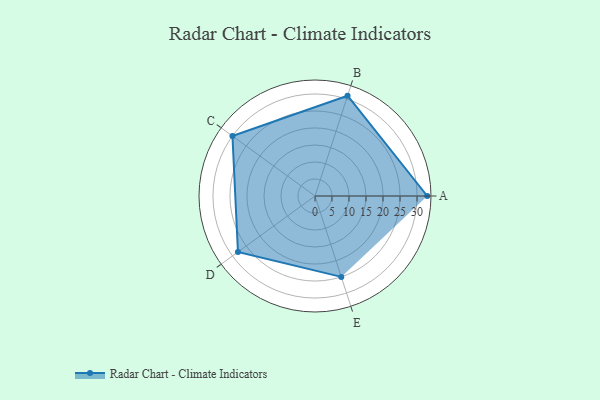
{"axis": {"x": "Skill", "y": "Score"}, "legend": ["Profile"], "data": [{"x": "A", "y": 33.0, "type": "Profile"}, {"x": "B", "y": 31.0, "type": "Profile"}, {"x": "C", "y": 30.0, "type": "Profile"}, {"x": "D", "y": 28.0, "type": "Profile"}, {"x": "E", "y": 25.0, "type": "Profile"}]}